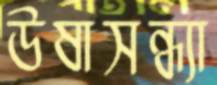
উষাসন্ধ্যা